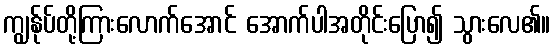
ကျွန်ုပ်တို့ကြားလောက်အောင် အောက်ပါအတိုင်းပြော၍ သွားလေ၏။